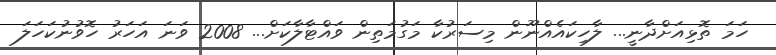
ހަމަ ތޮޅިއަށްދާނީ... ލާހިކައެއްނޫން މިސަރުކާ މަގުމަތިން ވައްޓާލާކަށް... 2008 ވަނަ އަހަރު ހޮވުނުކަހަލަ